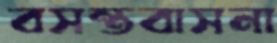
বসন্তবাসনা